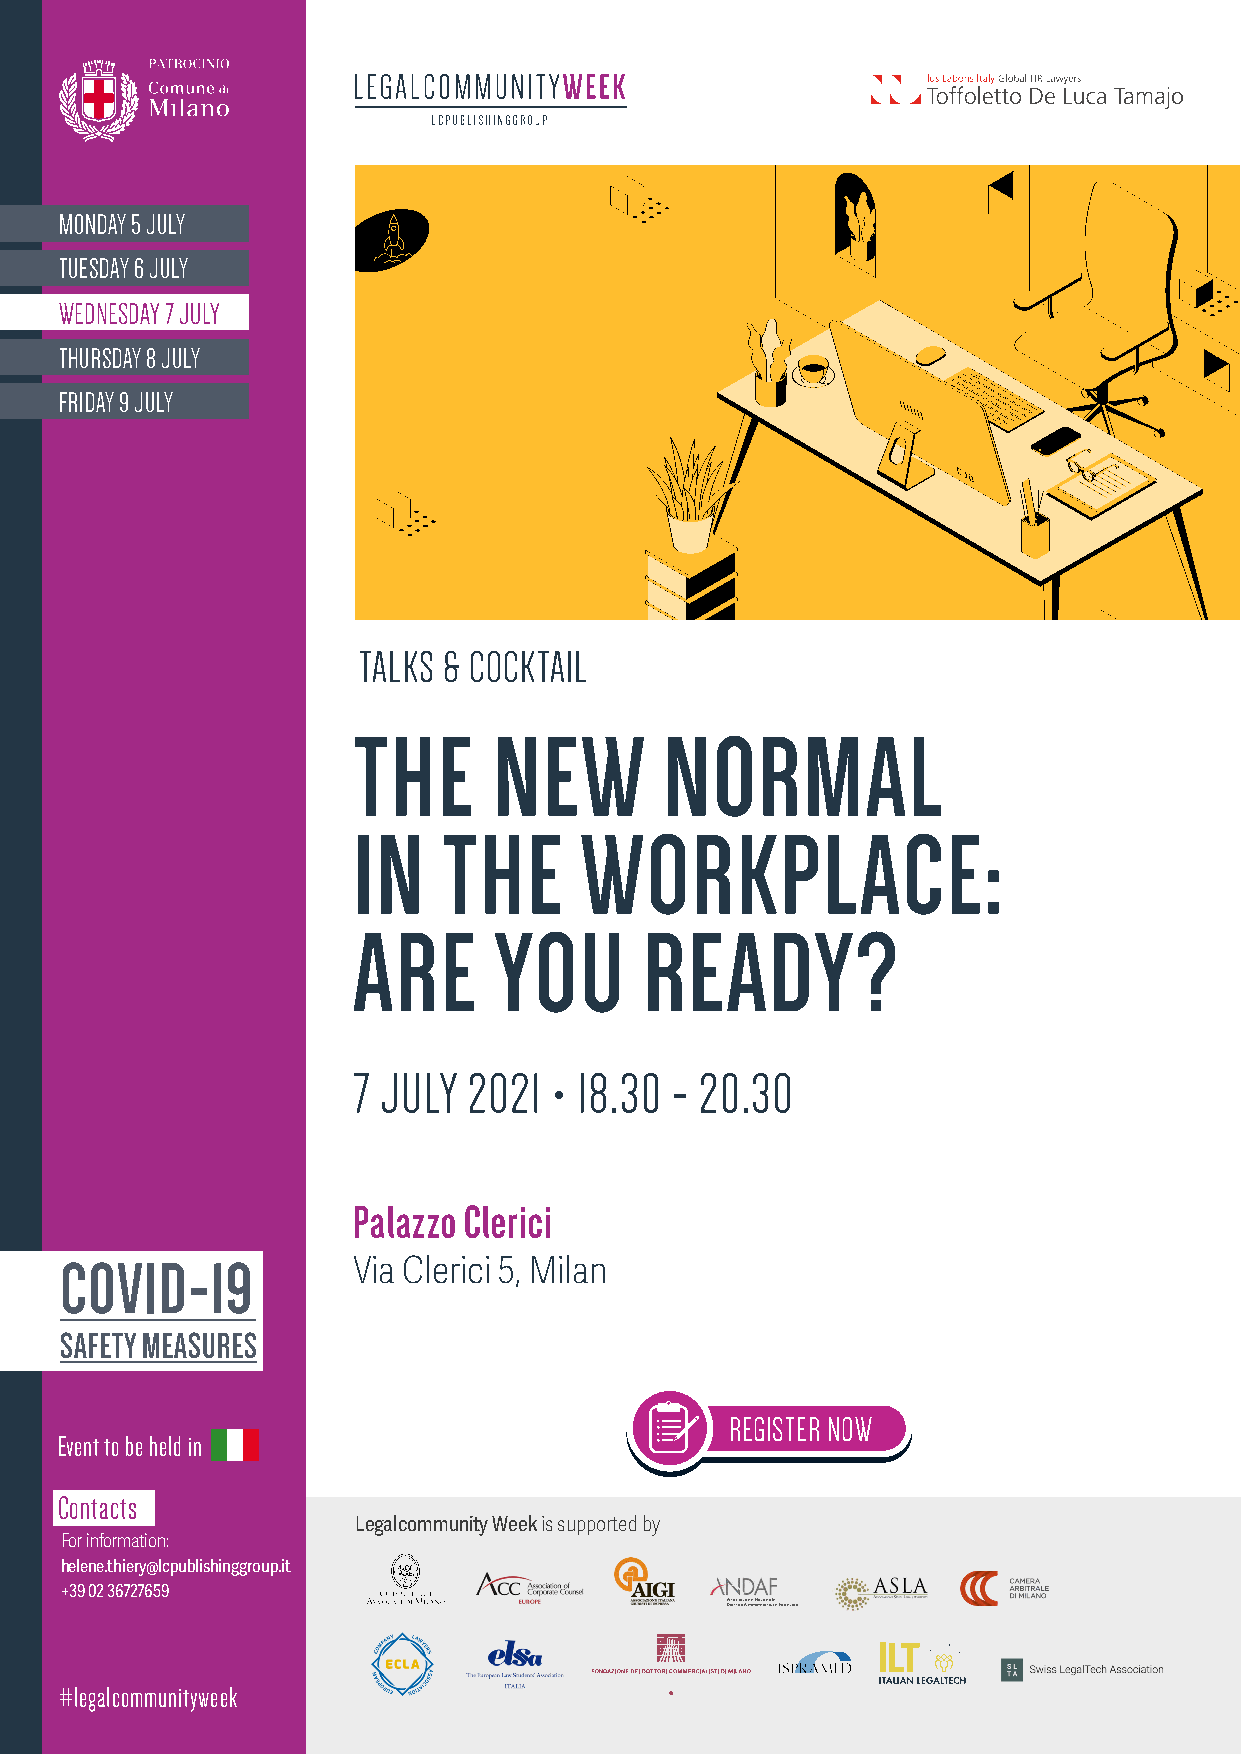
MONDAY 5 JULY
 TUESDAY 6 JULY
 WEDNESDAY 7 JULY
 THURSDAY 8 JULY
 FRIDAY 9 JULY
 TALKS & COCKTAIL
 THE       NEW        NORMAL
 IN    THE      WORKPLACE:
 ARE       YOU       READY?
 7 JULY  2021  • 18.30 - 20.30
 Palazzo Clerici
 COVID-19           Via Clerici 5, Milan
 SAFETY MEASURES
 REGISTER NOW
 Event to be held in
 Contacts
 Legalcommunity Week is supported by
 For information:
 helene.thiery@lcpublishinggroup.it
 
 +39 02 36727659
 #legalcommunityweek
 
 